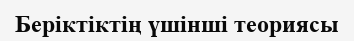
Беріктіктің үшінші теориясы